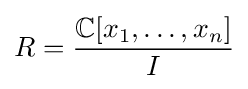
R={\frac {\mathbb {C} [x_{1},\ldots ,x_{n}]}{I}}